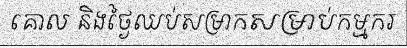
គោល និងថ្ងៃឈប់សម្រាកសម្រាប់កម្មករ